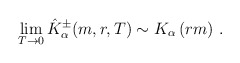
\begin{align*}\lim_{T\rightarrow 0}\hat{K}_{\alpha }^{\pm }(m,r,T)\sim K_{\alpha }\left(rm\right) \,. \end{align*}